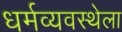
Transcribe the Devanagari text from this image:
धर्मव्यवस्थेला